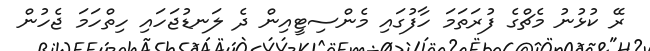
ރޭ ކުޅުނު މެޗްގެ ފުރަތަމަ ހާފުގައި މެންސިޓީއިން ދެ ލަނޑުޖަހައި ހިތްހަމަ ޖެހުން